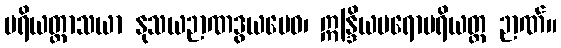
ပရိယတ္တာသယာ နုသယဉာဏဒွယမေဝ၊ ဣန္ဒြိယပရောပရိယတ္တ ဉာဏ်။